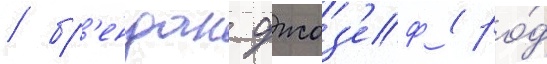
/ бр'ендан джоз'еф (ро́д